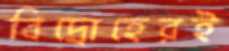
বিদ্রোহেরই